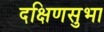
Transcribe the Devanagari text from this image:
दक्षिणसुभा